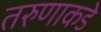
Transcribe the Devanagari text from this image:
तरुणाकडे